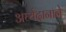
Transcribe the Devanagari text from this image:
अर्घ्यदानाने